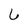
Character: 6